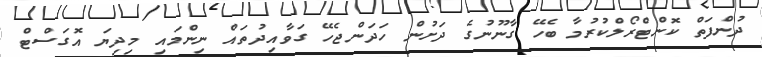
ދުންފަތް ކޮންޓްރޯލްކުރުމާ ބެހޭ ގާނޫނުގެ ދަށުން ހަދަންޖެހޭ ގަވާއިދުތައް ނިންމައި މިދިޔަ އޮގަސްޓް